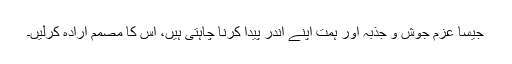
جیسا عزم جوش و جذبہ اور ہمت اپنے اندر پیدا کرنا چاہتی ہیں، اس کا مصمم اِرادہ کرلیں۔